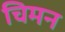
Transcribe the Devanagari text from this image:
चिमन